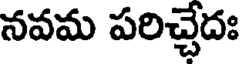
నవమ పరిచ్చేదః